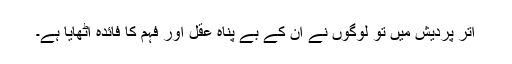
اتر پردیش میں تو لوگوں نے ان کے بے پناہ عقل اور فہم کا فائدہ اٹھایا ہے۔